Riigikantselei, lk 17
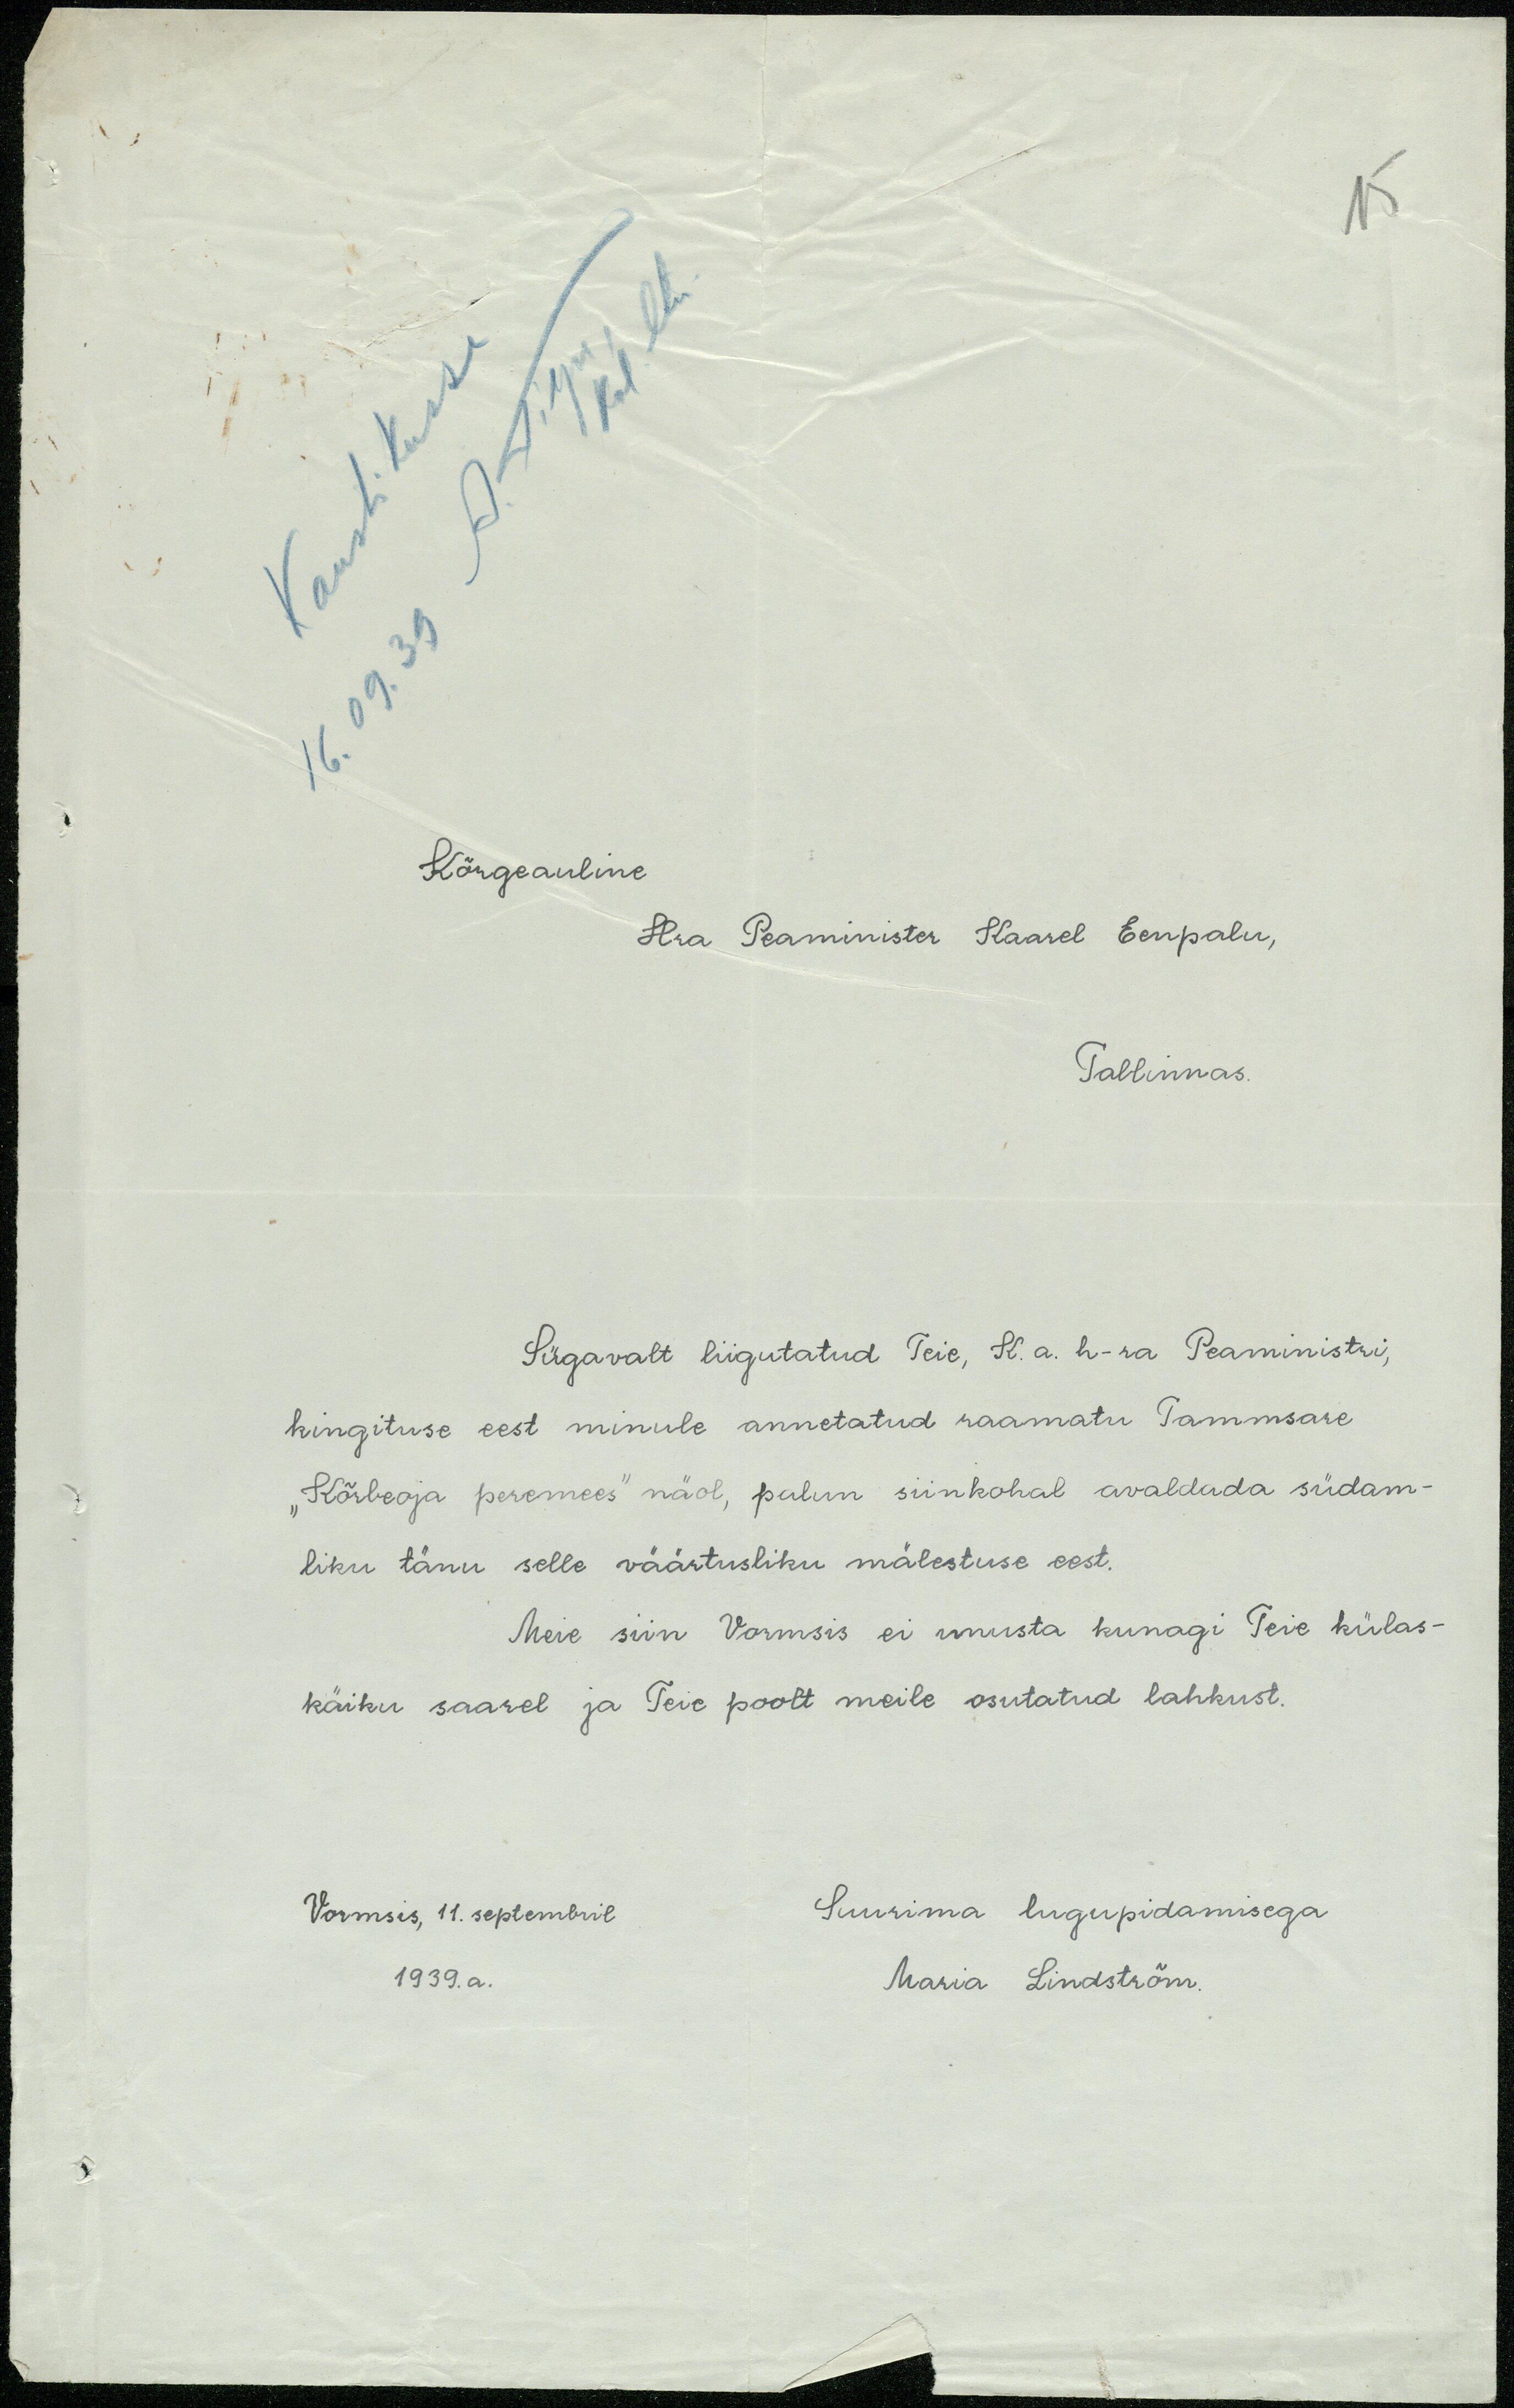
Kõrgeauline
Hra Peaminister Kaarel Eenpalu,
Tallinnas.
Sügavalt liigutatud Teie, K. a. h-ra Peaministri,
kingituse eest minule annetatud raamatu Tammsare
"Kõrbeoja peremees" näol, palun siinkohal avaldada südam-
liku tänu selle väärtusliku mälestuse eest.
Meie siin Vormsis ei unusta kunagi Teie külas-
käiku saarel ja Teie poolt meile osutatud lahkust.
Vormsis, 11. septembril
Suurima lugupidamisega
1939. a.
Maria Lindström.